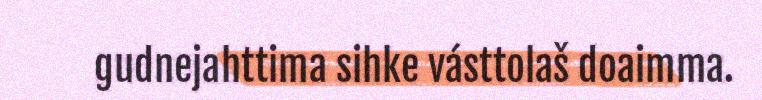
gudnejahttima sihke vásttolaš doaimma.